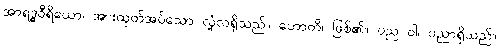
အာရဒ္ဓဝီရိယော၊ အားထုတ်အပ်သော လုံ့လရှိသည်။ ဟောတိ၊ ဖြစ်၏။ ပည ဝါ၊ ပညာရှိသည်။